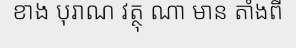
ខាង បុរាណ វត្ថុ ណា មាន តាំងពី